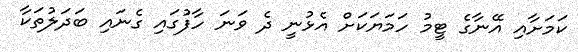
ކަމަށާއި އޭނާގެ ޓީމު ހަމަޔަކަށް އެޅުނީ ދެ ވަނަ ހާފުގައި ގެނައި ބަދަލުތަކާ